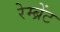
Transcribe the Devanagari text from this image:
रेम्ब्रेंट